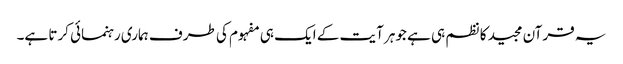
یہ قرآن مجید کا نظم ہی ہے جوہر آیت کے ایک ہی مفہوم کی طرف ہماری رہنمائی کرتا ہے۔